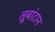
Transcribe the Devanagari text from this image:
लूबांटान